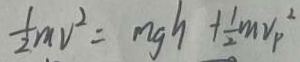
\frac { 1 } { 2 } m v ^ { 2 } = m g h + \frac { 1 } { 2 } m v _ { p } ^ { 2 }